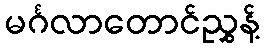
မင်္ဂလာတောင်ညွှန့်